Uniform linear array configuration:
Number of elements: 8
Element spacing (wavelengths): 0.5
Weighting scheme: kaiser
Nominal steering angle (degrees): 60
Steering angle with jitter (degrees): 61.034
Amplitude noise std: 0.05
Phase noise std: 0.05

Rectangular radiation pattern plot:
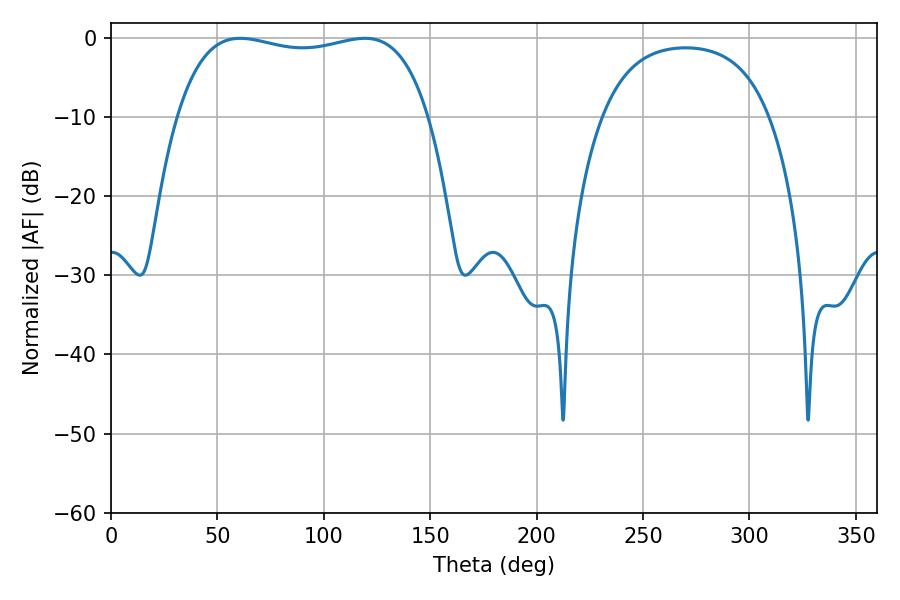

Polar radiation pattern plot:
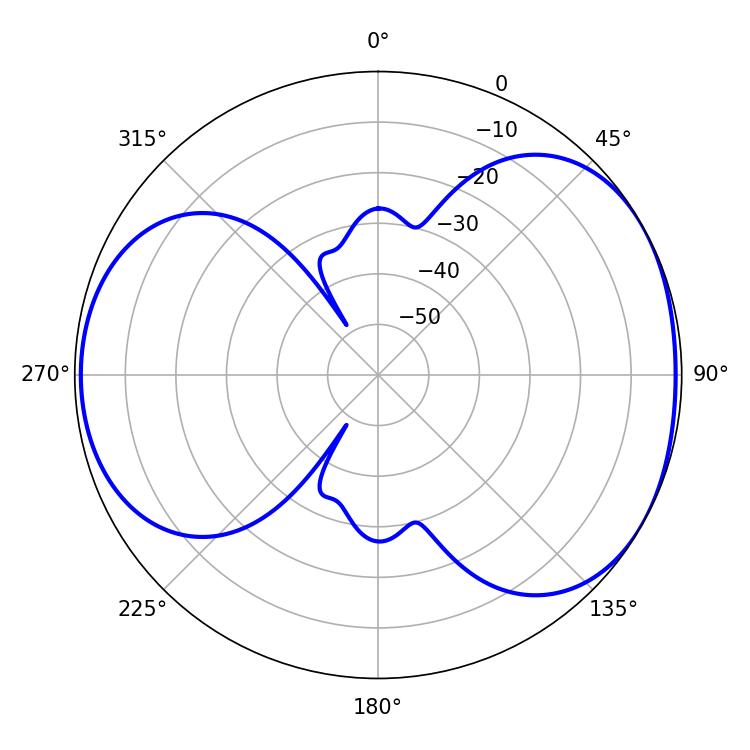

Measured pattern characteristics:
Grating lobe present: FALSE
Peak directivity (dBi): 4.732
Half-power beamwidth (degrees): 95.4
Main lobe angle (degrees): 60.66